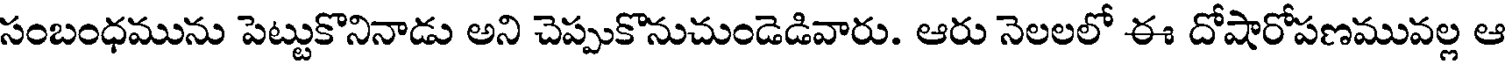
సంబంధమును పెట్టుకొనినాడు అని చెప్పుకొనుచుండెడివారు. ఆరు నెలలలో ఈ దోషారోపణమువల్ల ఆ